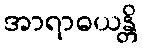
အာရာဓယန္တိ